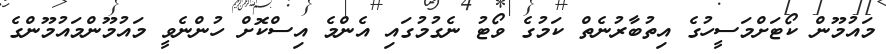
މައުމޫން ކޯޓަށްމަސީހުގެ އިތުބާރުނެތް ކަމުގެ ވޯޓު ނެގުމުގައި އެންމެ އިސްކޮށް ހުންނެވީ މައުމޫންމައުމޫންގެ